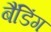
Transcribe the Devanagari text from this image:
बैंडिंग